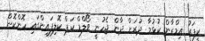
ކީޕަރު އިމްރާން ކުޅުމާ ދުރަށް ދާން ޖެހުނީ ވޯލްޑް ކަޕް ކޮލިފައިންގައި ހޮންކޮން